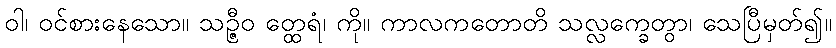
ဝါ၊ ဝင်စားနေသော။ သဉ္ဇီဝ တ္ထေရံ၊ ကို။ ကာလကတောတိ သလ္လက္ခေတွာ၊ သေပြီမှတ်၍။